Account of plague administration in the Bombay Presidency from September 1896 till May 1897
Year: 1896
Disease focus: Plague
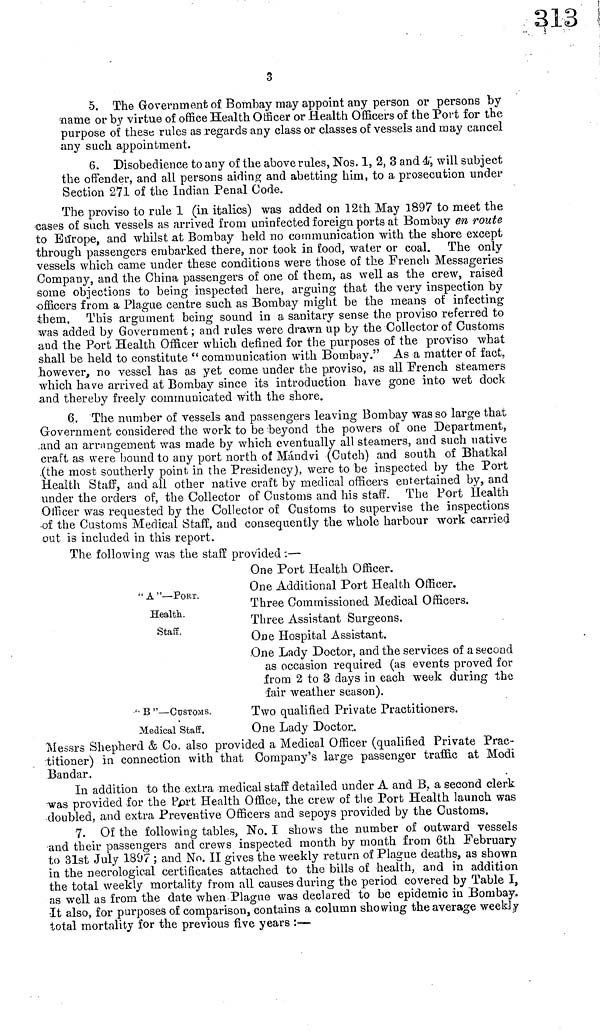
3
5. The Government of Bombay may appoint any person or persons by
name or by virtue of office Health Officer or Health Officers of the Port for the
purpose of these rules as regards any class or classes of vessels and may cancel
any such appointment.
6. Disobedience to any of the above rules, Nos. 1, 2, 3 and 4, will subject
the offender, and all persons aiding and abetting him, to a prosecution under
Section 271 of the Indian Penal Code.
The proviso to rule 1 (in italics) was added on 12th May 1897 to meet the
cases of such vessels as arrived from uninfected foreign ports at Bombay en route
to Europe, and whilst at Bombay held no communication with the shore except
through passengers embarked there, nor took in food, water or coal. The only
vessels which came under these conditions were those of the French Messageries
Company, and the China passengers of one of them, as well as the crew, raised
some objections to being inspected here, arguing that the very inspection by
officers from a Plague centre such as Bombay might be the means of infecting
them, This argument being sound in a sanitary sense the proviso referred to
was added by Government; and rules were drawn up by the Collector of Customs
and the Port Health Officer which defined for the purposes of the proviso what
shall be held to constitute " communication with Bombay." As a matter of fact,
however, no vessel has as yet come under the proviso, as all French steamers
which have arrived at Bombay since its introduction have gone into wet dock
and thereby freely communicated with the shore.
6. The number of vessels and passengers leaving Bombay was so large that
Government considered the work to be beyond the powers of one Department,
and an arrangement was made by which eventually all steamers, and such native
craft as were bound to any port north of Mádvi (Cutch) and south of Bhatkal
(the most southerly point in the Presidency), were to be inspected by the Port
Health Staff, and all other native craft by medical officers entertained by, and
under the orders of, the Collector of Customs and his staff. The Port Health
Officer was requested by the Collector of Customs to supervise the inspections
of the Customs Medical Staff, and consequently the whole harbour work carried
out is included in this report.
The following was the staff provided :—
" A "—PORT.
Health.
Staff.
One Port Health Officer.
One Additional Port Health Officer.
Three Commissioned Medical Officers.
Three Assistant Surgeons.
One Hospital Assistant.
'· Β "—CUSTOMS.
Medical Staff.
One Lady Doctor, and the services of a second
as occasion required (as events proved for
from 2 to 3 days in each week during the
fair weather season).
Two qualified Private Practitioners.
One Lady Doctor.
Messrs Shepherd & Co. also provided a Medical Officer (qualified Private Prac-
titioner) in connection with that Company's large passenger traffic at Modi
Bandar,
In addition to the extra medical staff detailed under A and B. a second clerk
was provided for the Port Health Office, the crew of the Port Health launch was
doubled, and extra Preventive Officers and sepoys provided by the Customs.
7. Of the following tables, No. I shows the number of outward vessels
and their passengers and crews inspected month by month from 6th February
to 31st July 1897 ; and No. II gives the weekly return of Plague deaths, as shown
in the necrologie-ai certificates attached to the bills of health, and in addition
the total weekly mortality from all causes during the period covered by Table I,
as well as from the date when Plague was declared to be epidemic in Bombay.
It also, for purposes of comparison, contains a column showing the average weekly
total mortality for the previous five years :—